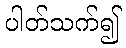
ပါတ်သက်၍